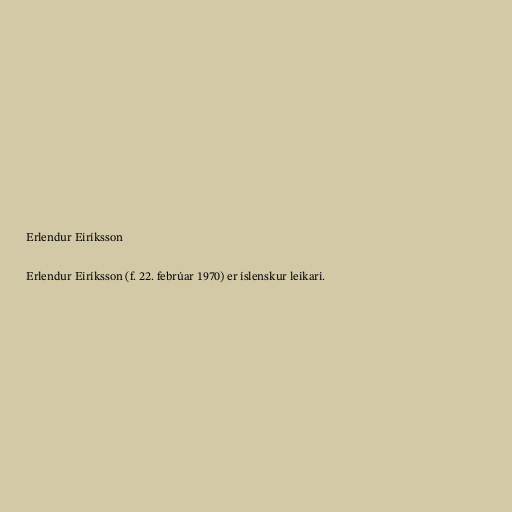
Erlendur Eiríksson

Erlendur Eiríksson (f. 22. febrúar 1970) er íslenskur leikari.